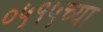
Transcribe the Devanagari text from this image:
०५१५च्या